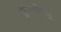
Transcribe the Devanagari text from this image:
फ्रेयारिस